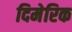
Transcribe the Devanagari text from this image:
दिमेरिक